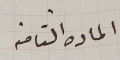
الماده الثامنه